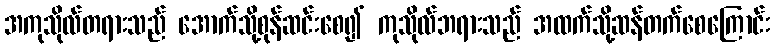
အကုသိုလ်တရားသည် အောက်သို့စုန်ဆင်းစေ၍ ကုသိုလ်ဘရားသည် အထက်သို့ဆန်တက်စေကြောင်း